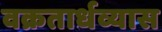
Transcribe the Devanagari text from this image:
वक्रतार्धव्यास